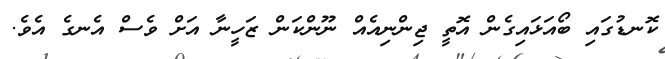
ކޮނޑުގައި ބޯއަޅައިގެން އޮތީ ޖިންނިއެއް ނޫންކަން ޒަހީނާ އަށް ވެސް އެނގެ އެވެ.